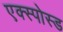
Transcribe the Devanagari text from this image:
एक्स्पोस्ड